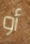
أو